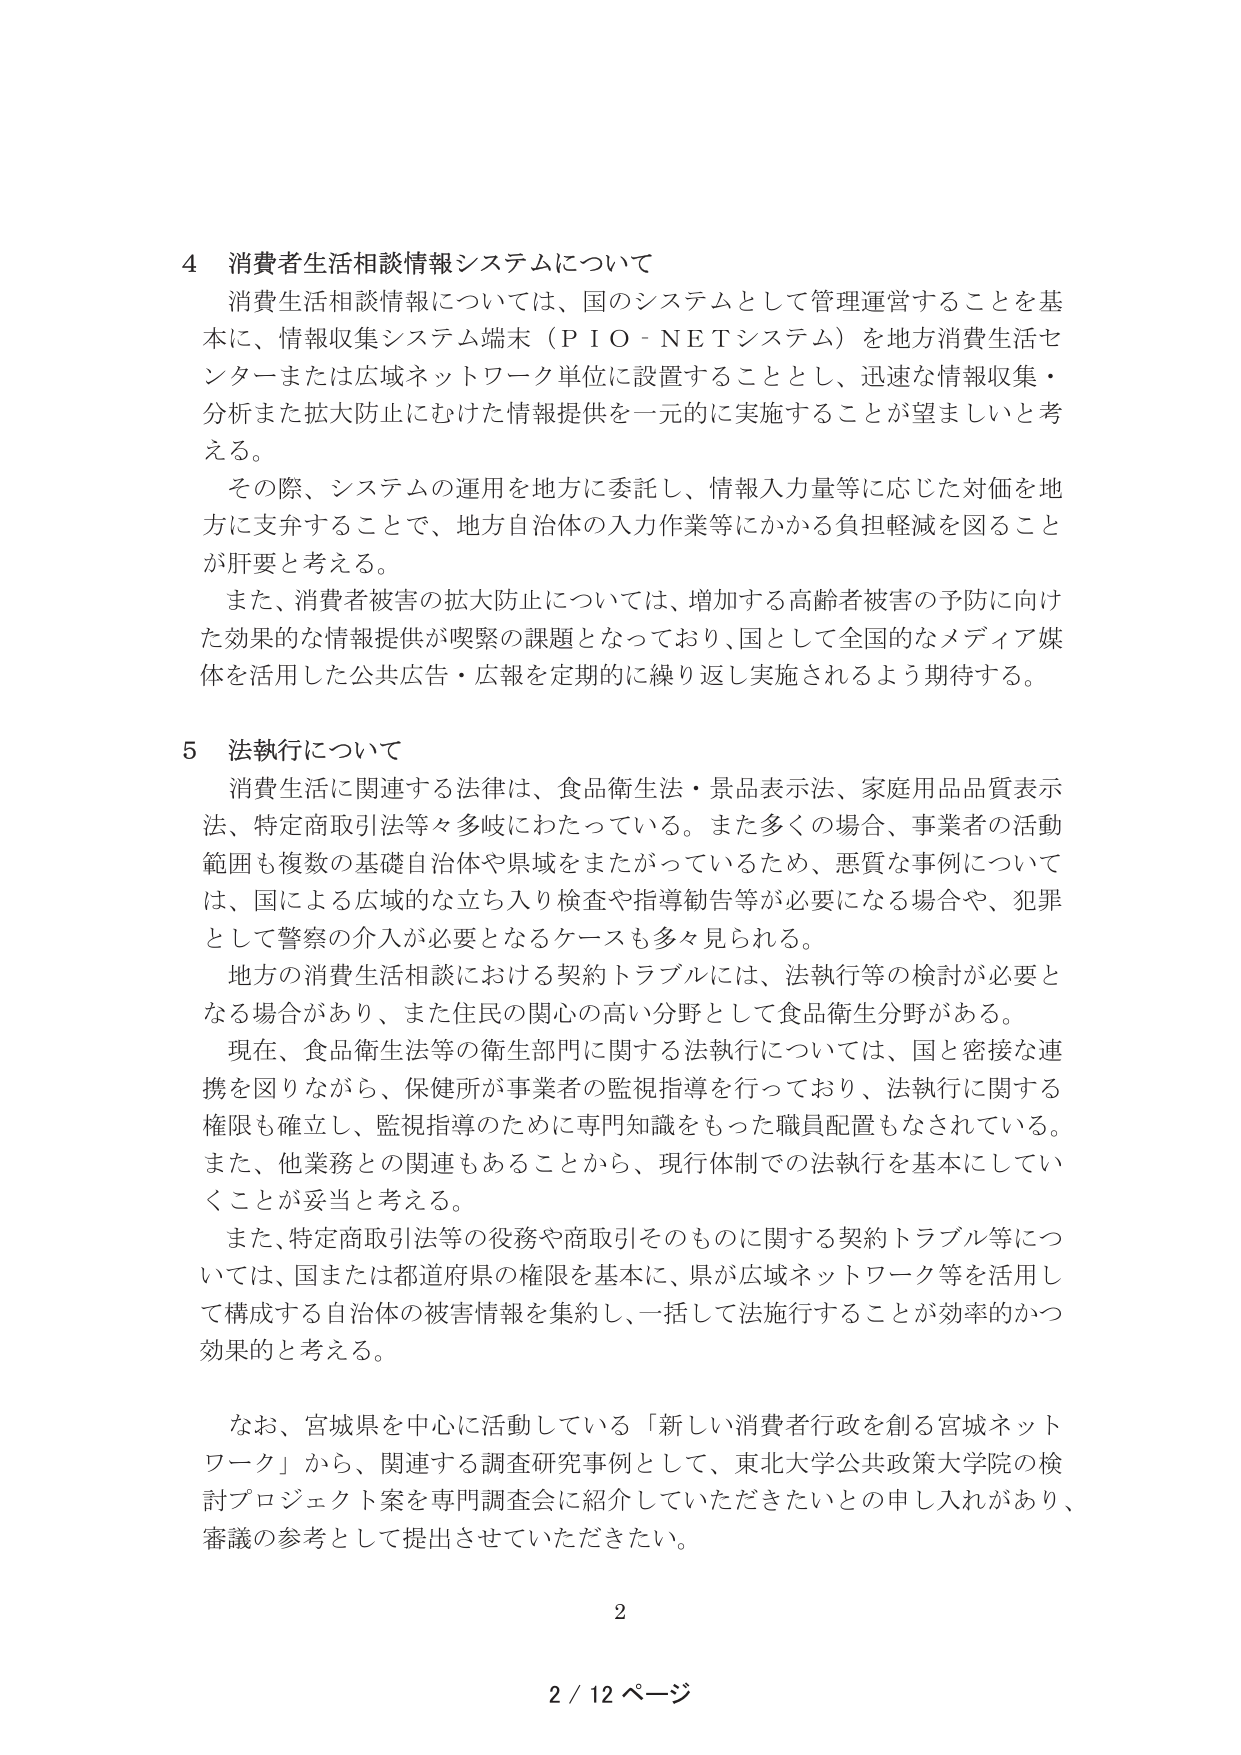
4 消費者生活相談情報システムについて
消費生活相談情報については、国のシステムとして管理運営することを基本に、情報収集システム端末（ＰＩＯ－ＮＥＴシステム）を地方消費生活センターまたは広域ネットワーク単位に設置することとし、迅速な情報収集・分析また拡大防止にむけた情報提供を一元的に実施することが望ましいと考える。
その際、システムの運用を地方に委託し、情報入力量等に応じた対価を地方に支弁することで、地方自治体の入力作業等にかかる負担軽減を図ることが肝要と考える。
また、消費者被害の拡大防止については、増加する高齢者被害の予防に向けた効果的な情報提供が喫緊の課題となっており、国として全国的なメディア媒体を活用した公共広告・広報を定期的に繰り返し実施されるよう期待する。

5 法執行について
消費生活に関連する法律は、食品衛生法・景品表示法、家庭用品品質表示法、特定商取引法等々多岐にわたっている。また多くの場合、事業者の活動範囲も複数の基礎自治体や県域をまたがっているため、悪質な事例については、国による広域的な立ち入り検査や指導勧告等が必要になる場合や、犯罪として警察の介入が必要となるケースも多々見られる。
地方の消費生活相談における契約トラブルには、法執行等の検討が必要となる場合があり、また住民の関心の高い分野として食品衛生分野がある。
現在、食品衛生法等の衛生部門に関する法執行については、国と密接な連携を図りながら、保健所が事業者の監視指導を行っており、法執行に関する権限も確立し、監視指導のために専門知識をもった職員配置もなされている。また、他業務との関連もあることから、現行体制での法執行を基本にしていくことが妥当と考える。
また、特定商取引法等の役務や商取引そのものに関する契約トラブル等については、国または都道府県の権限を基本に、県が広域ネットワーク等を活用して構成する自治体の被害情報を集約し、一括して法施行することが効率的かつ効果的と考える。

なお、宮城県を中心に活動している「新しい消費者行政を創る宮城ネットワーク」から、関連する調査研究事例として、東北大学公共政策大学院の検討プロジェクト案を専門調査会に紹介していただきたいとの申し入れがあり、審議の参考として提出させていただきたい。

2
2 / 12 ページ